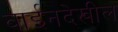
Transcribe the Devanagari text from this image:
वाईनदेखील